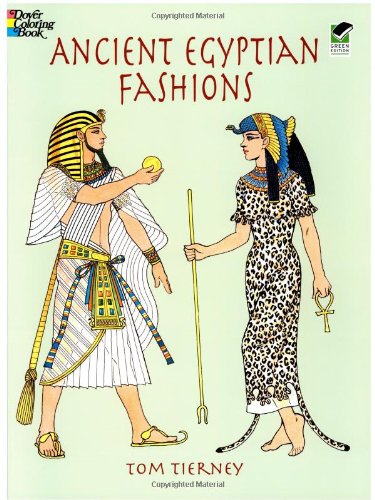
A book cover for Ancient Egyptian Fashions (Dover Fashion Coloring Book); Tom Tierney; Crafts, Hobbies & Home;